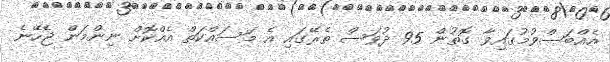
އެއްބަސްވުމުގައިވާ ގޮތުން 95 ދުވަސް ތެރޭގައި އެ މަސައްކަތް އެއްކޮށް ނިންމަން ޖެހޭނެ